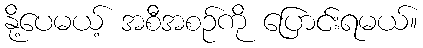
နို့ပေမယ့် အစီအစဉ်ကို ပြောင်းရမယ်။